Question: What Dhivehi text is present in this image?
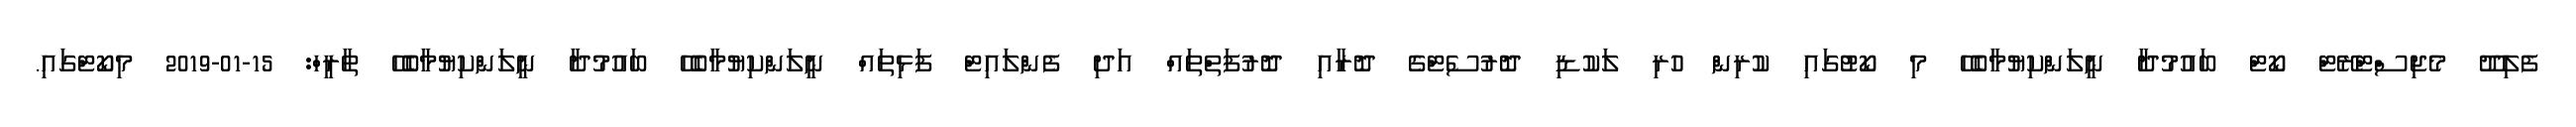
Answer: ފެލިދޫ މެޖިސްޓްރޭޓް ކޯޓް ބައުމުދާ ނީލަންކިޔުމާބެހޭ މި ކޯޓުގައި ކުރިން ހުރި ލަކުޑި ދޮރުސެޓްގެ ދޮރާއި ދޮރުފަތްތައް އަދި ފެންލައިޓް ފަޅިތައް ނީލަންކިޔުމާބެހޭ ބައުމުދާ ނީލަންކިޔުމާބެހޭ ތާރީހް: 15-01-2019 މިކޯޓްގައި.